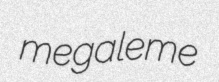
megaleme